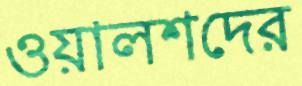
ওয়ালশদের